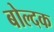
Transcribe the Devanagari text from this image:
बोल्दक